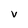
Character: v